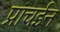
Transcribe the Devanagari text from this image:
प्राचईन